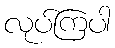
လုပ်ကြပါ